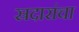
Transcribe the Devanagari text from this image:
स्रदारांचा